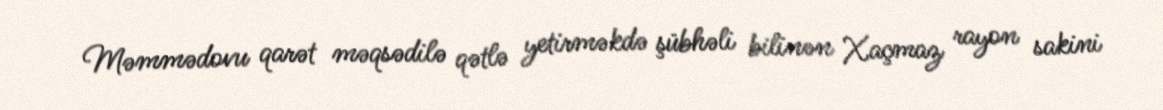
Məmmədovu qarət məqsədilə qətlə yetirməkdə şübhəli bilinən Xaçmaz rayon sakini